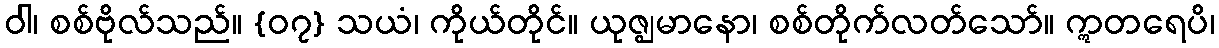
ဝါ၊ စစ်ဗိုလ်သည်။ {၀၇} သယံ၊ ကိုယ်တိုင်။ ယုဇ္ဈမာနော၊ စစ်တိုက်လတ်သော်။ ဣတရေပိ၊